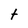
Character: t